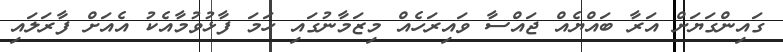
ގައިންގަޔަށް އަރާ ބައްޔެއް ޖައްސާ ވައިރަހެއް މިޒަމާނުގައި ހަމަ ފާޅުވުމާއެކު އެއަށް ފާރަލައި